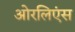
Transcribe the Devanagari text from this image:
ओरलिएंस